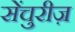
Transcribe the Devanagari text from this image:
सेंचुरीज़